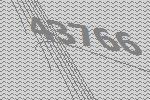
43766